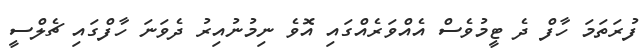
ފުރަތަމަ ހާފް ދެ ޓީމުވެސް އެއްވަރެއްގައި އޮވެ ނިމުނުއިރު ދެވަނަ ހާފްގައި ޗެލްސީ